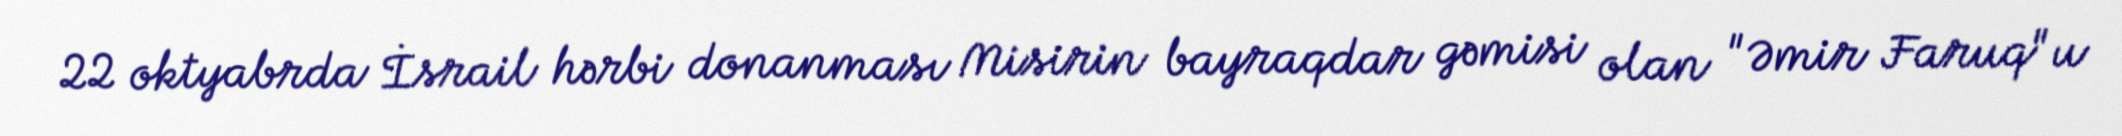
22 oktyabrda İsrail hərbi donanması Misirin bayraqdar gəmisi olan "Əmir Faruq"u